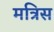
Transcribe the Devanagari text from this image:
मत्रिस